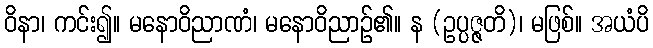
ဝိနာ၊ ကင်း၍။ မနောဝိညာဏံ၊ မနောဝိညာဉ်၏။ န (ဥပ္ပဇ္ဇတိ)၊ မဖြစ်။ အယံပိ